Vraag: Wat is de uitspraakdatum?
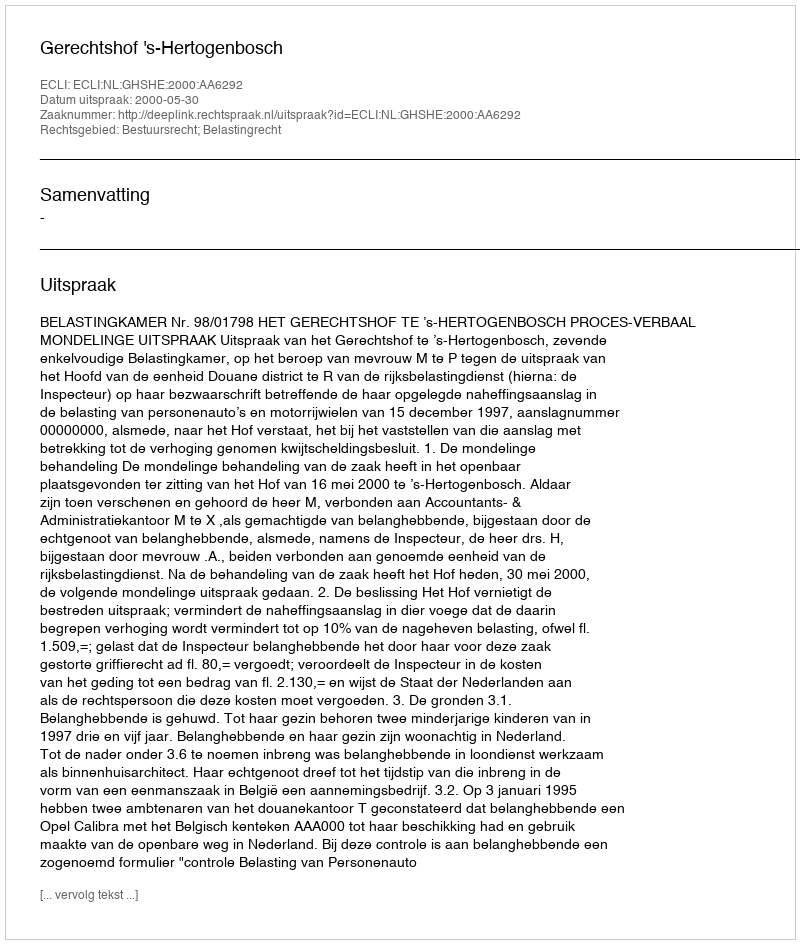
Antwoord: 2000-05-30